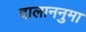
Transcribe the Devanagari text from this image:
दालाननुमा